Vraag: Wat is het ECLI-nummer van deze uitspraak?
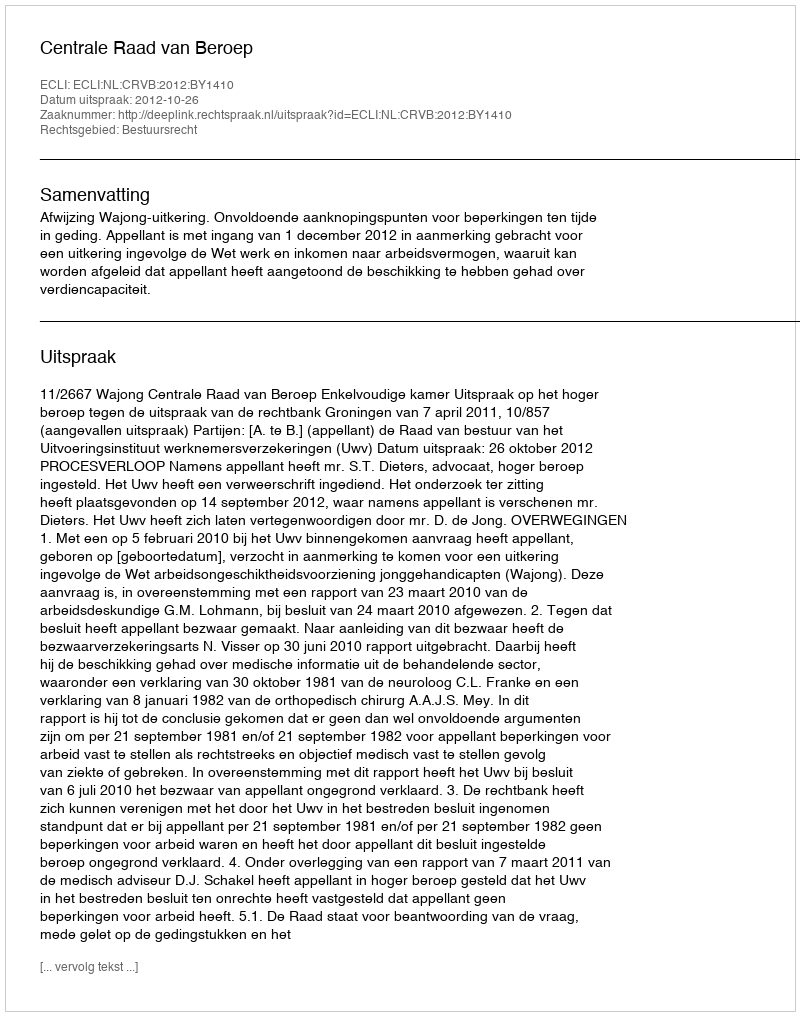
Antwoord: ECLI:NL:CRVB:2012:BY1410